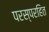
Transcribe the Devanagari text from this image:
परस्परहित